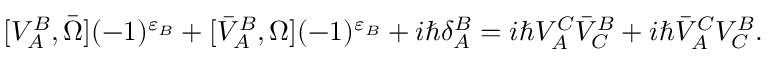
[ V _ { A } ^ { B } , \bar { \Omega } ] ( - 1 ) ^ { \varepsilon _ { B } } + [ \bar { V } _ { A } ^ { B } , \Omega ] ( - 1 ) ^ { \varepsilon _ { B } } + i \hbar \delta _ { A } ^ { B } = i \hbar V _ { A } ^ { C } \bar { V } _ { C } ^ { B } + i \hbar \bar { V } _ { A } ^ { C } V _ { C } ^ { B } .